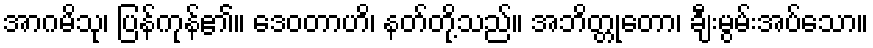
အာဂမိသု၊ ပြန်ကုန်၏။ ဒေဝတာဟိ၊ နတ်တို့သည်။ အဘိတ္တုတော၊ ချီးမွမ်းအပ်သော။